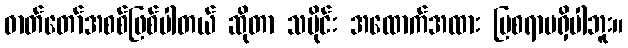
ဓာတ်တော်အစစ်ဖြစ်ပါတယ် ဆိုတာ သမိုင်း အထောက်အထား ပြစရာမရှိပါဘူး။